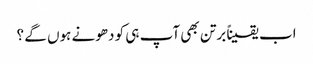
اب یقیناً برتن بھی آپ ہی کو دھونے ہوں گے ؟